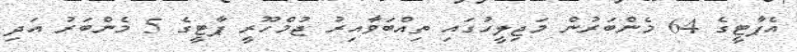
އެޕާޓީގެ 64 މެންބަރުން މަޖިލީހުގައި ތިއްބަވާއިރު ޖުމްހޫރީ ޕާޓީގެ 5 މެންބަރު އަދި